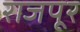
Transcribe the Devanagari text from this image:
राजपूर